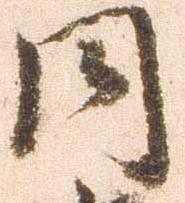
同